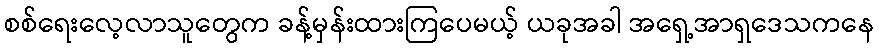
စစ်ရေးလေ့လာသူတွေက ခန့်မှန်းထားကြပေမယ့် ယခုအခါ အရှေ့အာရှဒေသကနေ